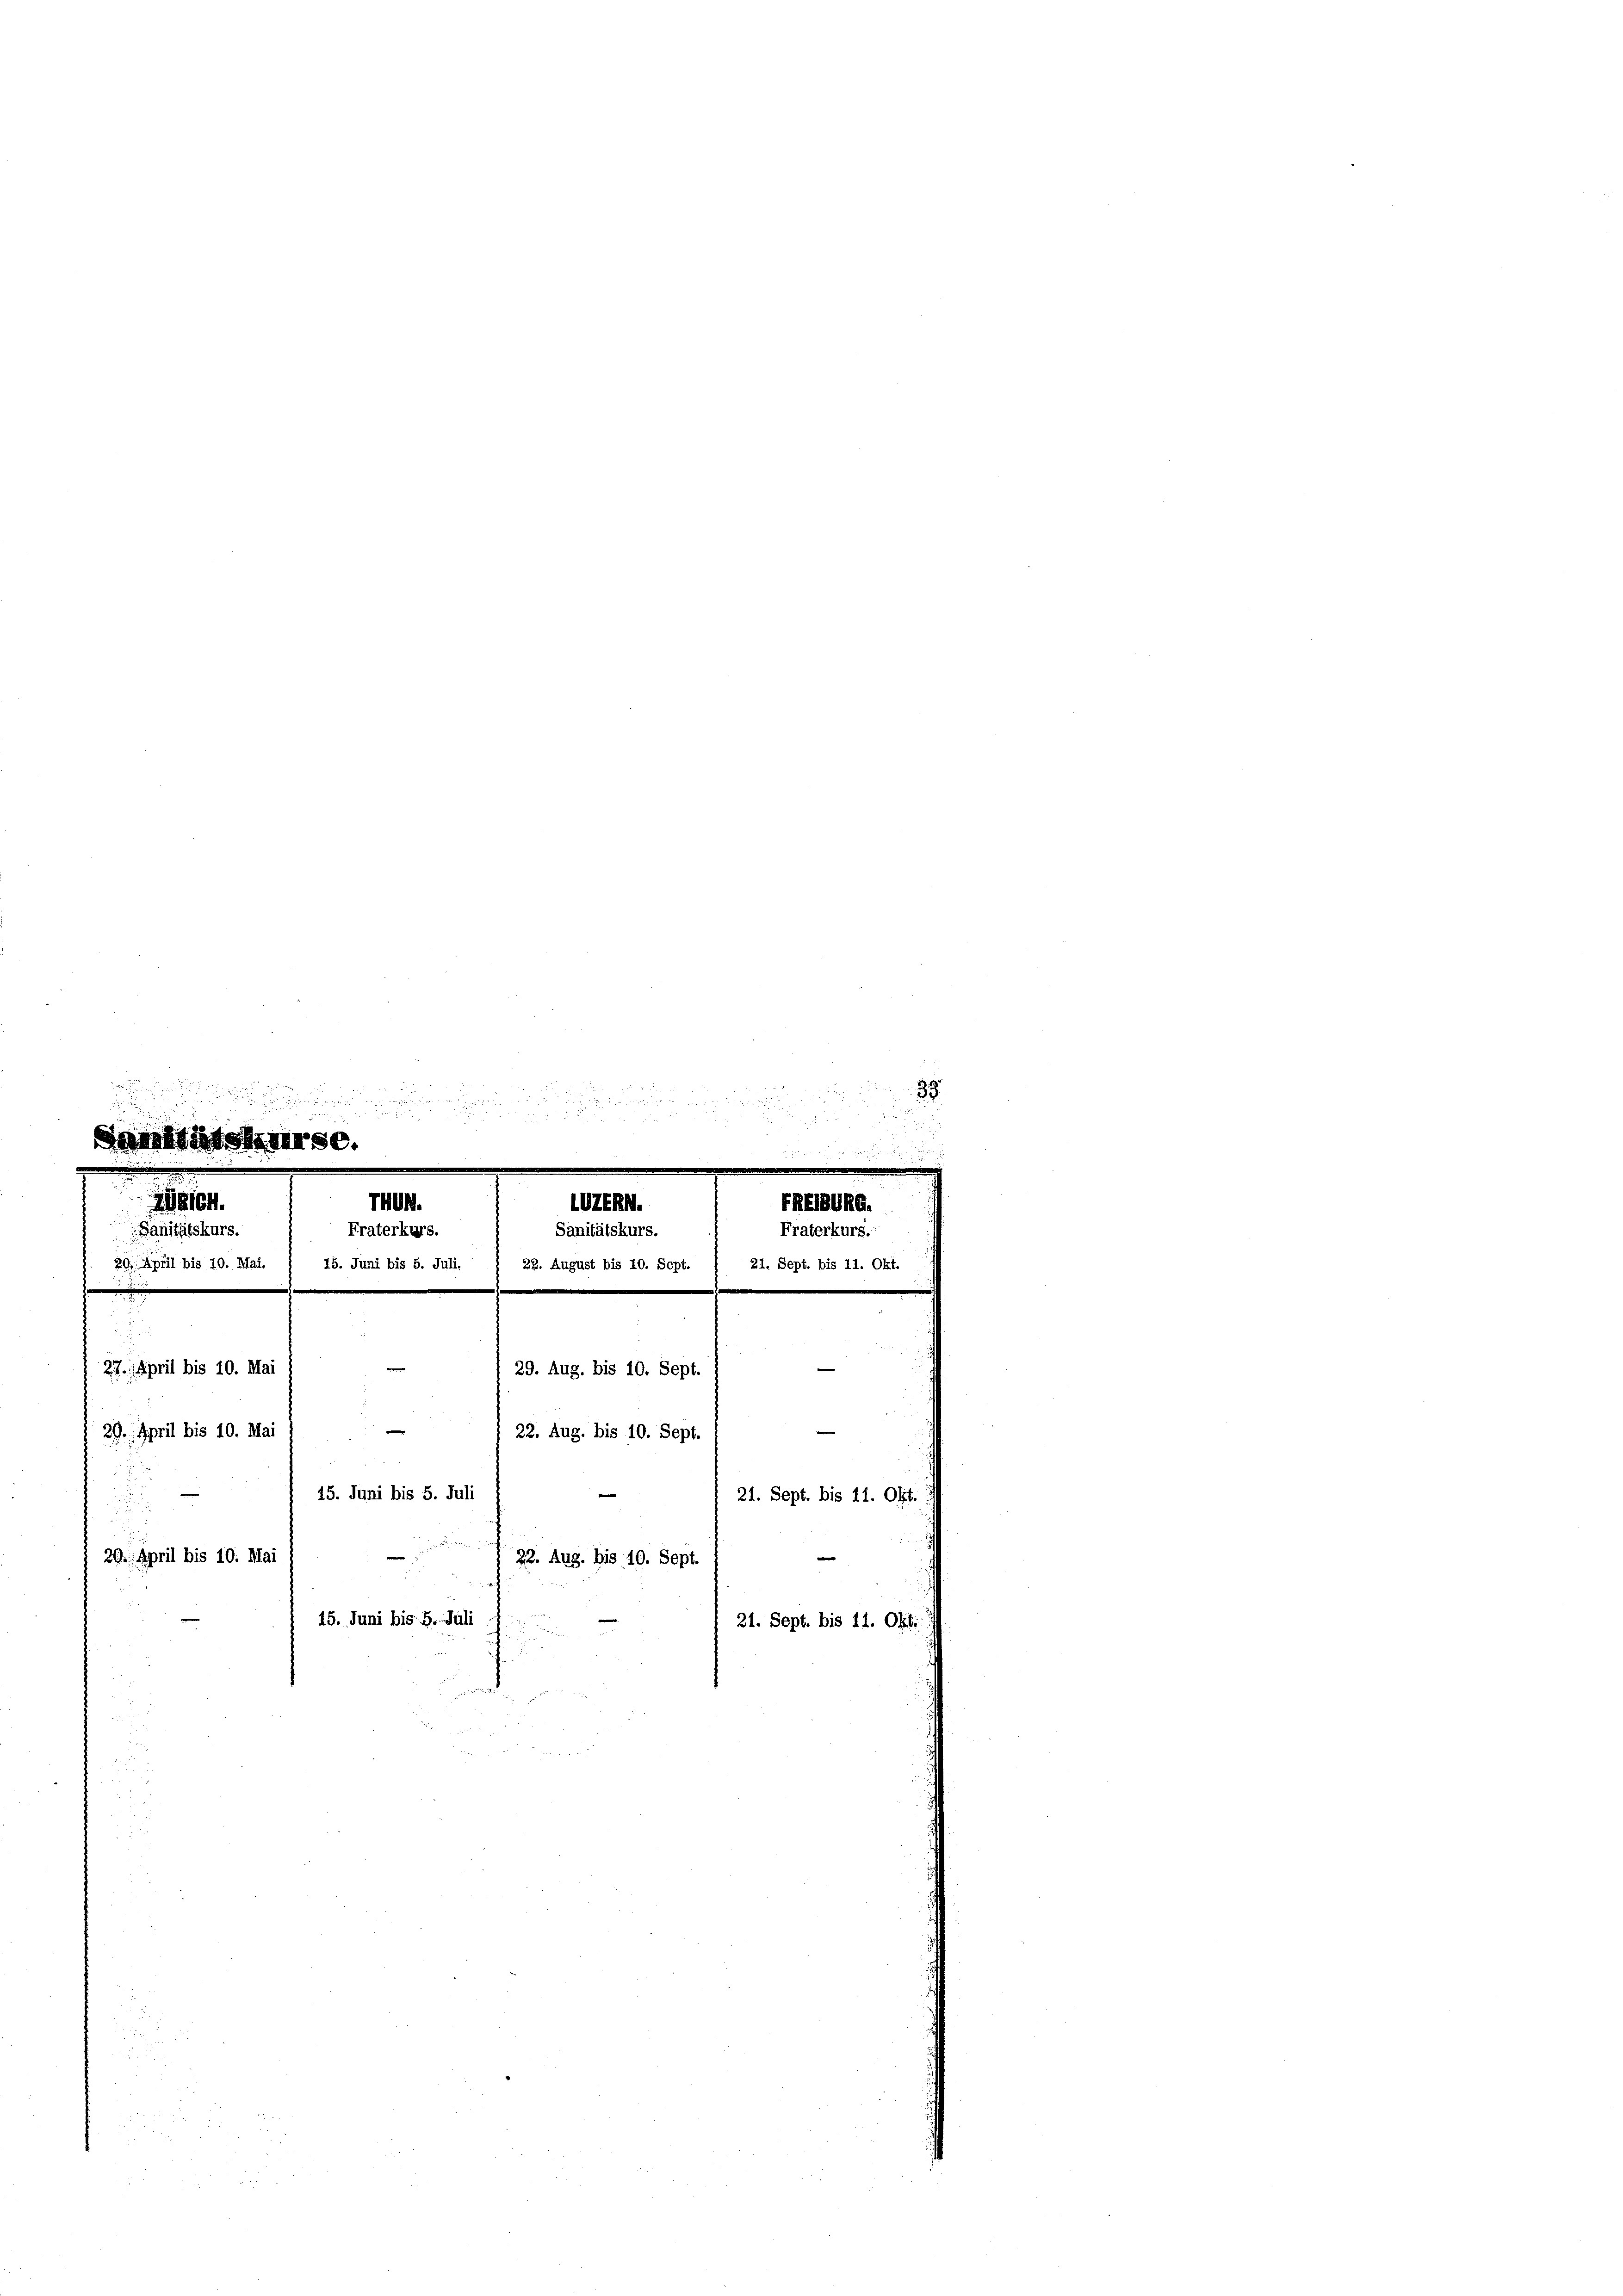
e
e

n

Santischersc

THUN.
M.
OZERN.
Sanitätskurs.
Sanitätskurs.
Fraterkurs.
20. April bis 10. Mai.
15. Juni bis 5. Juli,
22. August bis 10. Sept.

e
27. April bis 10. Mai
29. Aug. bis 10. Sept.
29. April bis 10. Mai
22. Aug. bis 10. Sept
15. Juni bis 5. Juli
.
29. April bis 10. Mai
22. Aug. bis 40. Sept.
15. Juni bis 5. Juli

d

21. Sept. bis 11. Okt.
21. Sept. bis 11. Okt.

35.